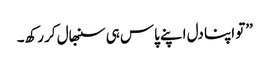
’’تو اپنا دل اپنے پاس ہی سنبھال کر رکھ۔